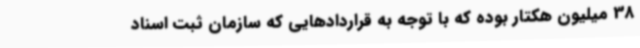
38 میلیون هکتار بوده که با توجه به قراردادهایی که سازمان ثبت اسناد